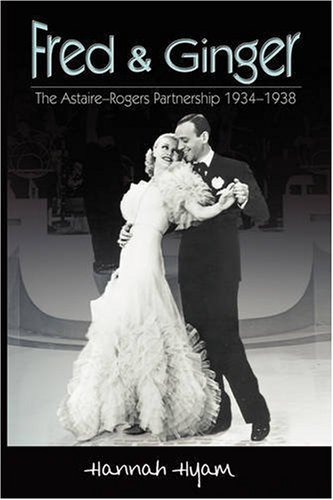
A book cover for Fred and Ginger; Hannah Hyam; Biographies & Memoirs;